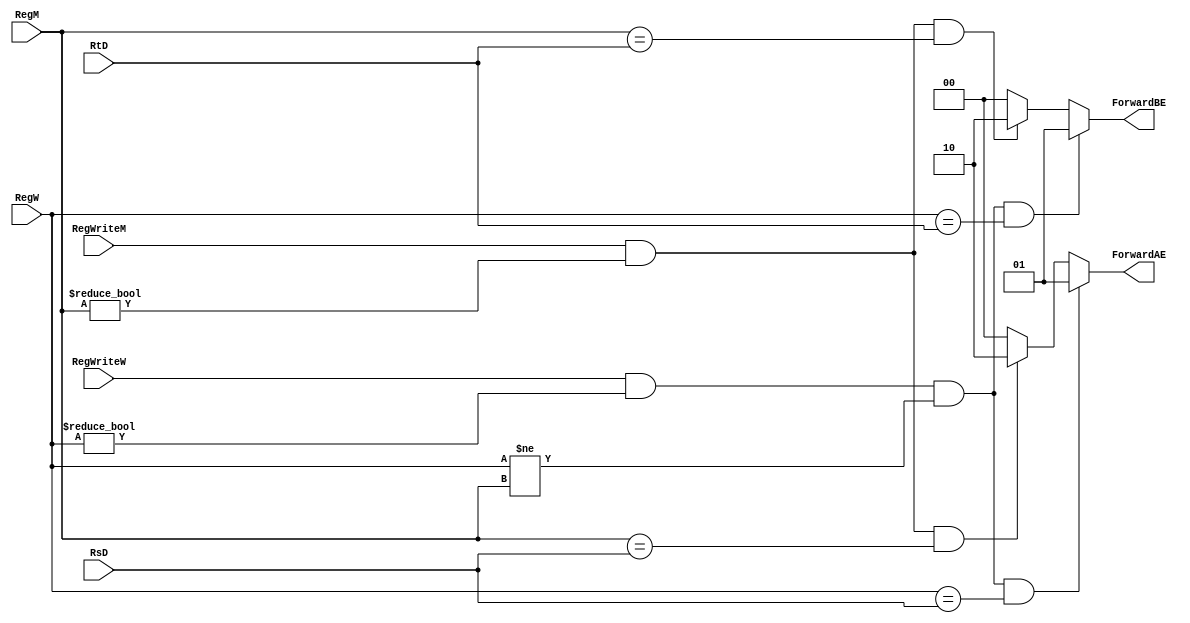
module data_forward(	input [4:0] RsD, RtD, RegM, RegW,
						input RegWriteM, RegWriteW,
						output reg [1:0] ForwardAE, ForwardBE);

/* 	DATA FORWARDING FOR FORWARDING HAZARDS
	FORWARD ON THE FOLLOWING CASES:
		-REGS OF NEXT EXEC INSTR USES ANY REGS IN MEM STAGE
		-REGS OF NEXT EXEC NSTR USES ANY REGS IN WB STAGE */
	always@(*) begin
		//default case: direct values in muxes
		ForwardAE <= 2'b00; ForwardBE <= 2'b00;

		//GET REG VALUES FROM MEM IF THEY ARE NEEDED IN EX
		if(	(RegWriteM) && 
			(RegM != 0) &&
			(RegM == RsD))
			ForwardAE <= 2'b10;
		if(	(RegWriteM) && 
			(RegM != 0) &&
			(RegM == RtD))
			ForwardBE <= 2'b10;

		//GET REG VALUES FROM WB IF THEY ARE NEEDED IN EX
		if(	(RegWriteW) && 
			(RegW != 0) &&
			(RegW != RegM) &&
			(RegW == RsD))
			ForwardAE <= 2'b01;

		if(	(RegWriteW) && 
			(RegW != 0) &&
			(RegW != RegM) &&
			(RegW == RtD))
			ForwardBE <= 2'b01;
	end
endmodule